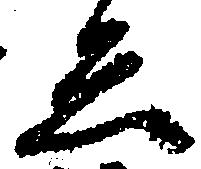
知